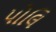
પોલિ